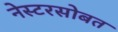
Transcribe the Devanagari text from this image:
नेस्टरसोबत